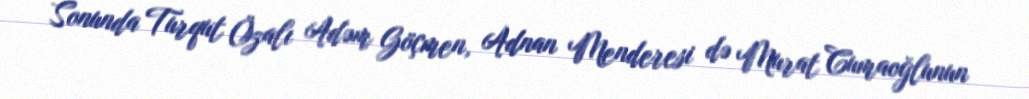
Sonunda Turqut Özalı Adəm Göçmen, Adnan Menderesi də Murat Cumaoğlunun